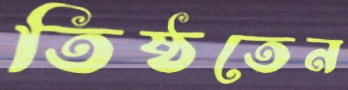
তিষ্ঠতেন